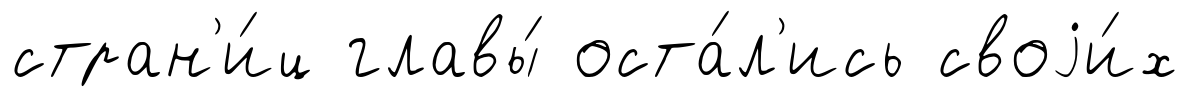
стран'и́ц главы́ оста́л'ись своjи́х